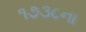
૧૭૩૮ના